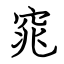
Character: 窕